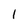
Character: l